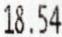
18.54